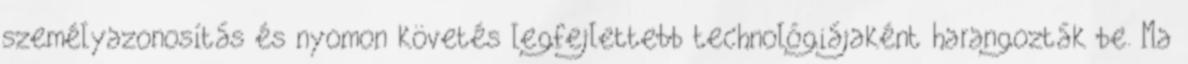
személyazonosítás és nyomon követés legfejlettebb technológiájaként harangozták be. Ma